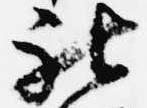
被